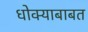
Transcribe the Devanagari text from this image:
धोक्याबाबत